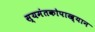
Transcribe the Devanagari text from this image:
स्यमंतकोपाख्यान